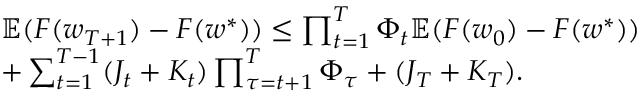
\begin{array} { r l } & { \mathbb { E } ( F ( \boldsymbol { w } _ { T + 1 } ) - F ( \boldsymbol { w } ^ { * } ) ) \le \prod _ { t = 1 } ^ { T } \Phi _ { t } \mathbb { E } ( F ( \boldsymbol { w } _ { 0 } ) - F ( \boldsymbol { w } ^ { * } ) ) } \\ & { + \sum _ { t = 1 } ^ { T - 1 } ( J _ { t } + K _ { t } ) \prod _ { \tau = t + 1 } ^ { T } \Phi _ { \tau } + ( J _ { T } + K _ { T } ) . } \end{array}